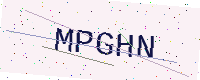
Text: MPGHN